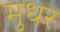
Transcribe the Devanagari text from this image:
मुधर